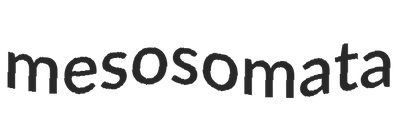
mesosomata